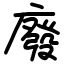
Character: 廢